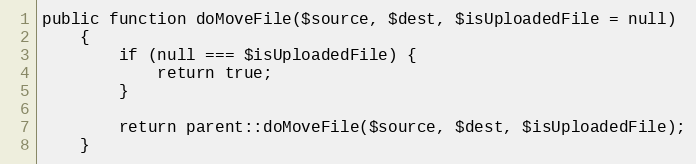
Language: PHP
public function doMoveFile($source, $dest, $isUploadedFile = null)
    {
        if (null === $isUploadedFile) {
            return true;
        }

        return parent::doMoveFile($source, $dest, $isUploadedFile);
    }